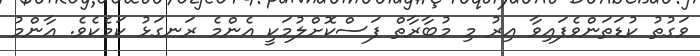
ވަގުތު ކުޑަތަންވެފައިވާ އިރު މި މުބާރާތް ފަސްކޮށްލުމަކީ އެންމެ ރަނގަޅު ކަމެކެވެ. އާންމު